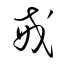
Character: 戒